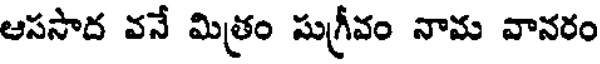
ఆససాద వనే మిత్రం సుగ్రీవం నామ వానరం